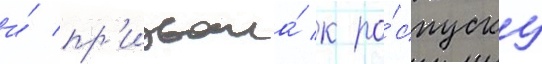
и́ пр'извала́ к ро́спуску